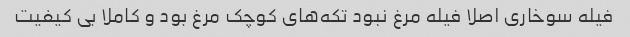
فیله سوخاری اصلا فیله مرغ نبود تکه‌های کوچک مرغ بود و کاملا بی کیفیت